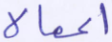
أعمالا